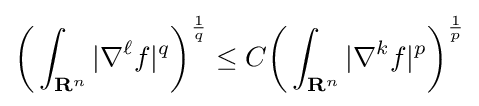
{\biggl (}\int _{\mathbf {R} ^{n}}\vert \nabla ^{\ell }f\vert ^{q}{\biggr )}^{\frac {1}{q}}\leq C{\biggl (}\int _{\mathbf {R} ^{n}}\vert \nabla ^{k}f\vert ^{p}{\biggr )}^{\frac {1}{p}}